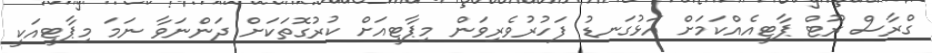
ގްރާސް ރޫޓް ޕާޓީއެއްކަމަށް އަޅުގަނޑު ފަހުރުވެރިވަން މިޕާޓީއަށް ކުރުގޮތަކަށް ދަންނަވާ ނަމަ މިޕާޓީއަކީ